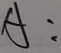
A :